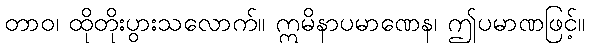
တာဝ၊ ထိုတိုးပွားသလောက်။ ဣမိနာပမာဏေန၊ ဤပမာဏဖြင့်။